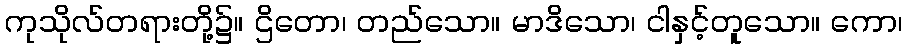
ကုသိုလ်တရားတို့၌။ ဌိတော၊ တည်သော။ မာဒိသော၊ ငါနှင့်တူသော။ ကော၊